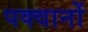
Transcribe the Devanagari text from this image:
पक्वानों